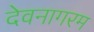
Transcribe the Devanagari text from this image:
देवनागरम